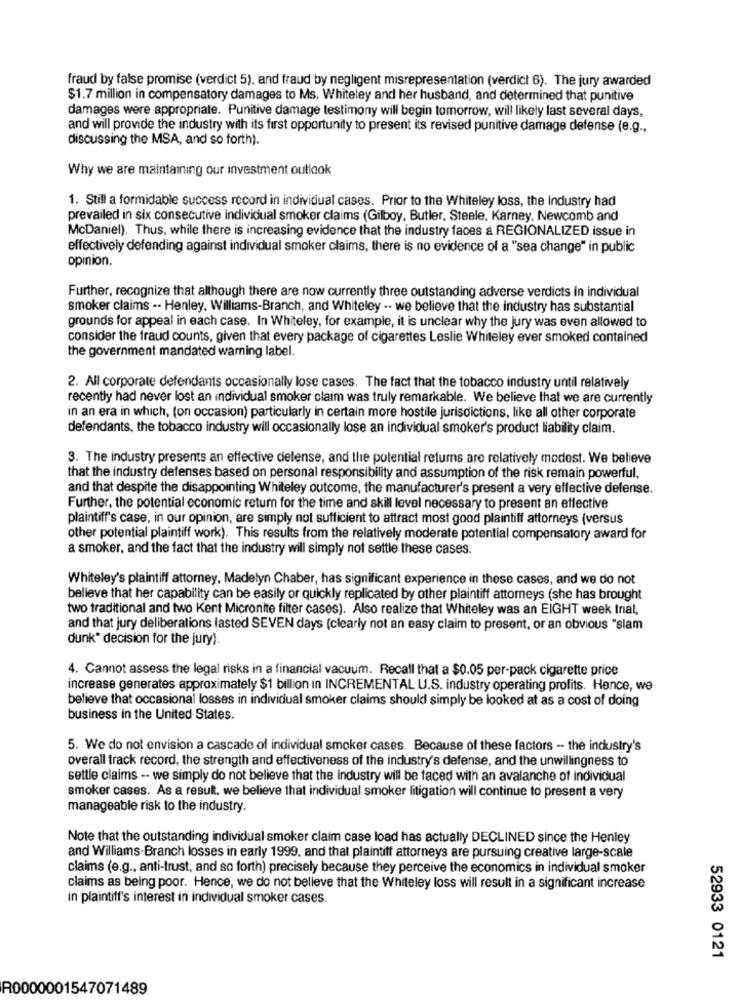
fraud by false promise (verdict 5), and fraud by negligent misrepresentation (verdict 6). The jury awarded
$1.7 million in compensatory damages to Ms. Whiteley and her husband, and determined that punitive
damages were appropriate. Punitive damage testimony will begin tomorrow, will likely last several days,
and will provide the industry with its first opportunity to present its revised punitive damage defense (e.g .,
discussing the MSA, and so forth).
Why we are maintaining our investment outlook
1. Still a formidable success record in individual cases. Prior to the Whiteley loss, the industry had
prevailed in six consecutive individual smoker claims (Gilboy, Butler, Steele, Karney, Newcomb and
McDaniel). Thus, while there is increasing evidence that the industry faces a REGIONALIZED issue in
effectively defending against individual smoker claims, there is no evidence of a "sea change" in public
opinion.
Further, recognize that although there are now currently three outstanding adverse verdicts in individual
smoker claims -- Henley. Williams-Branch, and Whiteley -. we believe that the industry has substantial
grounds for appeal in each case. In Whiteley, for example, it is unclear why the jury was even allowed to
consider the fraud counts, given that every package of cigarettes Leslie Whiteley ever smoked contained
the government mandated warning label.
2. All corporate defendants occasionally lose cases. The fact that the tobacco industry until relatively
recently had never lost an individual smoker claim was truly remarkable. We believe that we are currently
in an era in which, (on occasion) particularly in certain more hostile jurisdictions, like all other corporate
defendants, the tobacco industry will occasionally lose an individual smoker's product liability claim.
3. The industry presents an effective delense, and the potential returns are relatively modest. We believe
that the industry defenses based on personal responsibility and assumption of the risk remain powerful,
and that despite the disappointing Whiteley outcome, the manufacturer's present a very effective defense.
Further, the potential economic return for the time and skill level necessary to present an effective
plaintiff's case, in our opinion, are simply not sufficient to attract most good plaintiff attorneys (versus
other potential plaintiff work). This results from the relatively moderate potential compensatory award for
a smoker, and the fact that the industry will simply not settle these cases.
Whiteley's plaintiff attorney, Madelyn Chaber, has significant experience in these cases, and we do not
believe that her capability can be easily or quickly replicated by other plaintiff attorneys (she has brought
two traditional and two Kent Micronite filter cases). Also realize that Whiteley was an EIGHT week trial,
and that jury deliberations lasted SEVEN days (clearly not an easy claim to present, or an obvious "slam
dunk" decision for the jury).
4. Cannot assess the legal risks in a financial vacuum. Recall that a $0.05 per-pack cigarette price
increase generates approximately $1 billion in INCREMENTAL U.S. industry operating profits. Hence, we
believe that occasional losses in individual smoker claims should simply be looked at as a cost of doing
business in the United States.
5. We do not envision a cascade of individual smoker cases. Because of these factors - the industry's
overall track record, the strength and effectiveness of the industry's defense, and the unwillingness to
settle claims -- we simply do not believe that the industry will be faced with an avalanche of individual
smoker cases. As a result, we believe that individual smoker litigation will continue to present a very
manageable risk to the industry.
Note that the outstanding individual smoker claim case load has actually DECLINED since the Henley
and Williams-Branch losses in early 1999, and that plaintiff attorneys are pursuing creative large-scale
claims (e.g ., anti-trust, and so forth) precisely because they perceive the economics in individual smoker
claims as being poor. Hence, we do not believe that the Whiteley loss will result in a significant increase
in plaintiff's interest in individual smoker cases.
52933 0121
R0000001547071489